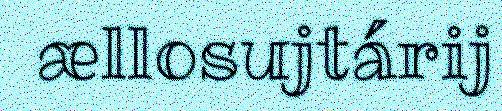
ællosujtárij